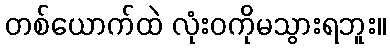
တစ်ယောက်ထဲ လုံးဝကိုမသွားရဘူး။